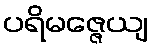
ပရိမဇ္ဇေယျ